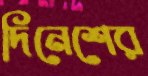
দিনেশের